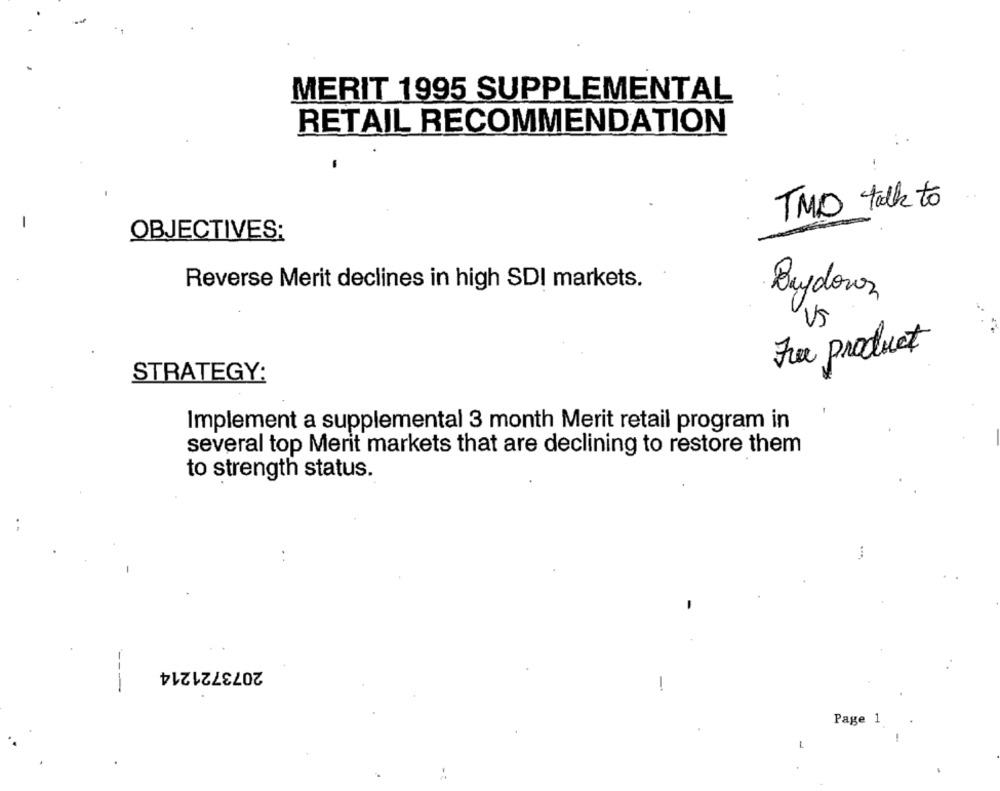
MERIT 1995 SUPPLEMENTAL
RETAIL RECOMMENDATION
TMO talk to
OBJECTIVES:
Reverse Merit declines in high SDI markets.
Buydovez
Us
Fre product
STRATEGY:
Implement a supplemental 3 month Merit retail program in
several top Merit markets that are declining to restore them
to strength status.
2073721214
-
Page 1
L